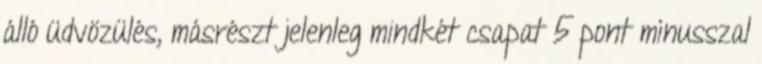
álló üdvözülés, másrészt jelenleg mindkét csapat 5 pont mínusszal